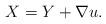
LaTeX: \begin{align*}X=Y + \nabla u.\end{align*}